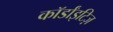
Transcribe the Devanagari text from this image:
कॉर्डांइटिज़